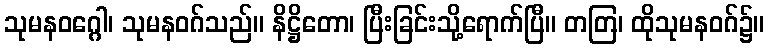
သုမနဝဂ္ဂေါ၊ သုမနဝဂ်သည်။ နိဋ္ဌိတော၊ ပြီးခြင်းသို့ရောက်ပြီ။ တတြ၊ ထိုသုမနဝဂ်၌။